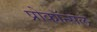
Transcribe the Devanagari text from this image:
प्रोकॉन्सल